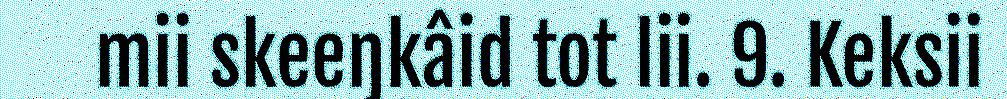
mii skeeŋkâid tot lii. 9. Keksii